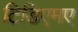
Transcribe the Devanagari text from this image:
टिडिएमए